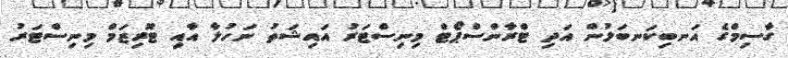
ގާސިމްގެ އަނބިކަނބަލުން އަދި ޓްރާންސްޕޯޓް މިނިސްޓަރު އައިޝަތު ނަހުލާ އާއި ޓޫރިޒަމް މިނިސްޓަރު